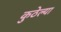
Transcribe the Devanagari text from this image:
कुठेल्या